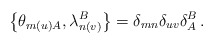
\begin{align*}\left\{\theta_{m(u)A},\lambda_{n(v)}^B\right\}=\delta_{mn}\delta_{uv}\delta_A^B\,.\end{align*}